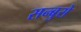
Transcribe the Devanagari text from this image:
सन्बुसे